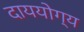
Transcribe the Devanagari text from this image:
दाययोग्य